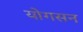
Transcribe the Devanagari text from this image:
योगसन